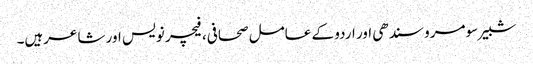
شبیر سومرو سندھی اور اردو کے عامل صحافی، فیچر نویس اور شاعرہیں۔